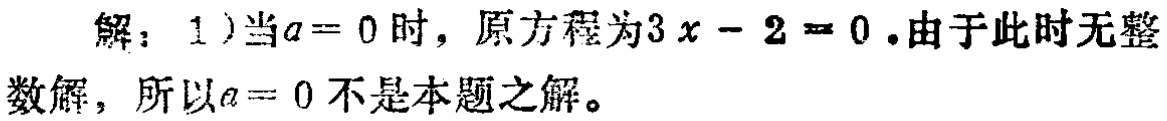
解：1）当\(a = 0\)时，原方程为\(3x - 2 = 0\).由于此时无整数解，所以\(a = 0\)不是本题之解。